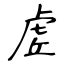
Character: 虗